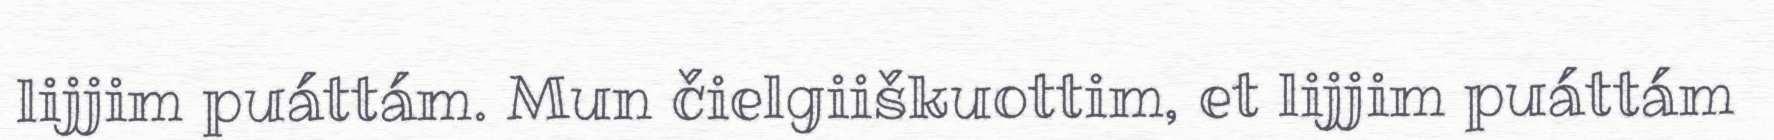
lijjim puáttám. Mun čielgiiškuottim, et lijjim puáttám